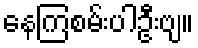
နေကြစမ်းပါဦးဗျ။